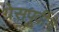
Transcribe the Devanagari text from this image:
ग्रेसपूर्वीचे